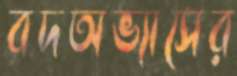
বদঅভ্যাসের